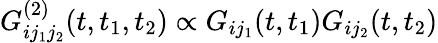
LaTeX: G_{ij_{1}j_{2}}^{(2)}(t,t_{1},t_{2})\propto G_{ij_{1}}(t,t_{1})G_{ij_{2}}(t,t_{2})